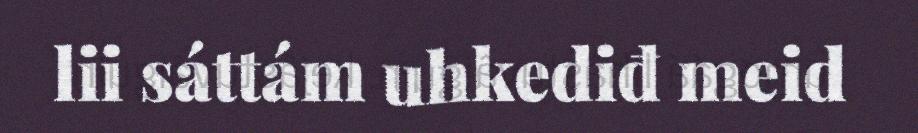
lii sáttám uhkediđ meid